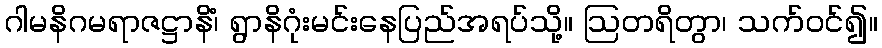
ဂါမနိဂမရာဇဋ္ဌာနိံ၊ ရွာနိဂုံးမင်းနေပြည်အရပ်သို့။ ဩတရိတွာ၊ သက်ဝင်၍။